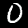
Digit: 0